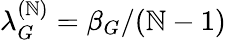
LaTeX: \lambda_{G}^{(\mathbb{N})}=\beta_{G}/(\mathbb{N}-1)